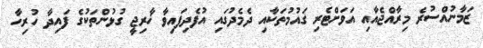
ޒަމާނުއްސުރެ މިރާއްޖެއާއި އަވަށްޓެރި ގައުމުތަކާއި ދެމެދުގައި އުފެދިފައިވާ ޚާރިޖީ ގުޅުންތަކުގެ ފައިދާ ހުރިހާ